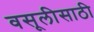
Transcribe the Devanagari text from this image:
वसूलीसाठी